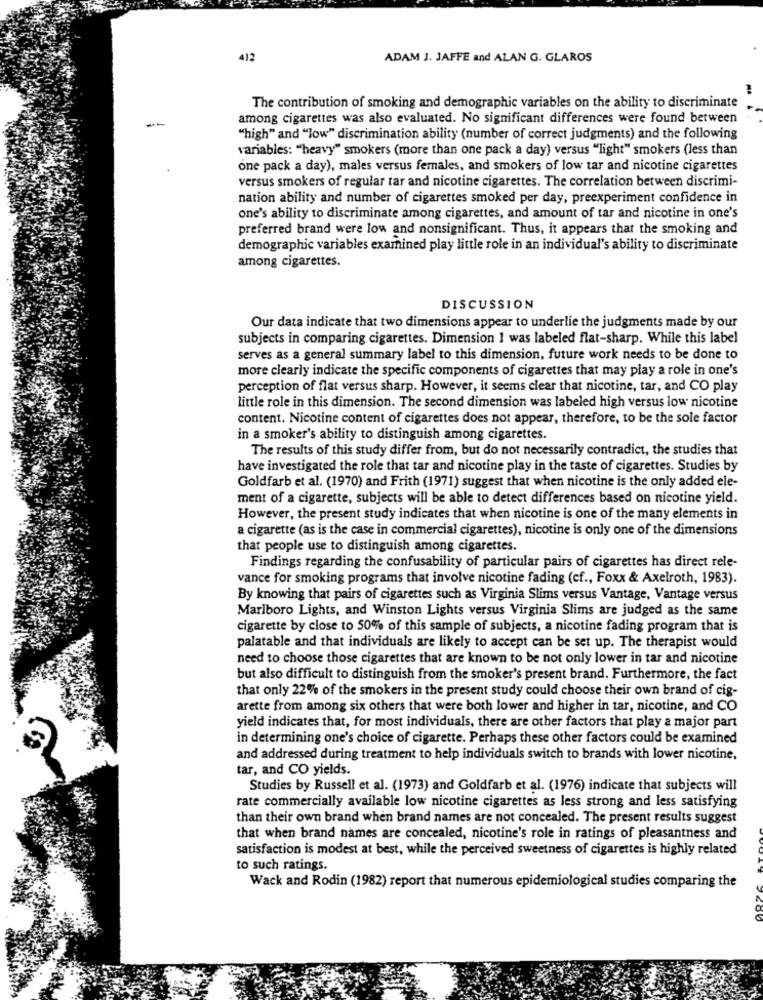
412
ADAM J. JAFFE and ALAN G. GLAROS
The contribution of smoking and demographic variables on the ability to discriminate
among cigarettes was also evaluated. No significant differences were found between
"high" and "low" discrimination ability (number of correct judgments) and the following
variables: "heavy" smokers (more than one pack a day) versus "light" smokers (less than
one pack a day), males versus females, and smokers of low tar and nicotine cigarettes
versus smokers of regular tar and nicotine cigarettes. The correlation between discrimi-
nation ability and number of cigarettes smoked per day, preexperiment confidence in
one's ability to discriminate among cigarettes, and amount of tar and nicotine in one's
preferred brand were low and nonsignificant. Thus, it appears that the smoking and
demographic variables examined play little role in an individual's ability to discriminate
among cigarettes.
DISCUSSION
Our data indicate that two dimensions appear to underlie the judgments made by our
subjects in comparing cigarettes. Dimension 1 was labeled flat-sharp. While this label
serves as a general summary label to this dimension, future work needs to be done to
more clearly indicate the specific components of cigarettes that may play a role in one's
perception of flat versus sharp. However, it seems clear that nicotine, tar, and CO play
little role in this dimension. The second dimension was labeled high versus low nicotine
content. Nicotine content of cigarettes does not appear, therefore, to be the sole factor
in a smoker's ability to distinguish among cigarettes.
The results of this study differ from, but do not necessarily contradict, the studies that
have investigated the role that tar and nicotine play in the taste of cigarettes. Studies by
Goldfarb et al. (1970) and Frith (1971) suggest that when nicotine is the only added ele-
ment of a cigarette, subjects will be able to detect differences based on nicotine yield.
However, the present study indicates that when nicotine is one of the many elements in
a cigarette (as is the case in commercial cigarettes), nicotine is only one of the dimensions
that people use to distinguish among cigarettes.
Findings regarding the confusability of particular pairs of cigarettes has direct rele-
vance for smoking programs that involve nicotine fading (cf ., Foxx & Axelroth, 1983).
By knowing that pairs of cigarettes such as Virginia Slims versus Vantage, Vantage versus
Marlboro Lights, and Winston Lights versus Virginia Slims are judged as the same
cigarette by close to 50% of this sample of subjects, a nicotine fading program that is
palatable and that individuals are likely to accept can be set up. The therapist would
need to choose those cigarettes that are known to be not only lower in tar and nicotine
but also difficult to distinguish from the smoker's present brand. Furthermore, the fact
that only 22% of the smokers in the present study could choose their own brand of cig-
arette from among six others that were both lower and higher in tar, nicotine, and CO
yield indicates that, for most individuals, there are other factors that play a major part
in determining one's choice of cigarette. Perhaps these other factors could be examined
and addressed during treatment to help individuals switch to brands with lower nicotine,
tar, and CO yields.
Studies by Russell et al. (1973) and Goldfarb et al. (1976) indicate that subjects will
rate commercially available low nicotine cigarettes as less strong and less satisfying
than their own brand when brand names are not concealed. The present results suggest
that when brand names are concealed, nicotine's role in ratings of pleasantness and
satisfaction is modest at best, while the perceived sweetness of cigarettes is highly related
to such ratings.
Wack and Rodin (1982) report that numerous epidemiological studies comparing the